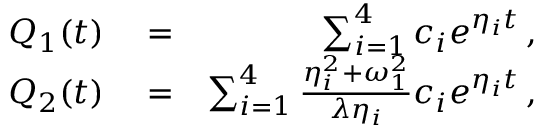
\begin{array} { r l r } { Q _ { 1 } ( t ) } & { { } = } & { \sum _ { i = 1 } ^ { 4 } c _ { i } e ^ { \eta _ { i } t } \, , } \\ { Q _ { 2 } ( t ) } & { { } = } & { \sum _ { i = 1 } ^ { 4 } \frac { \eta _ { i } ^ { 2 } + \omega _ { 1 } ^ { 2 } } { \lambda \eta _ { i } } c _ { i } e ^ { \eta _ { i } t } \, , } \end{array}